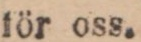
för oss.